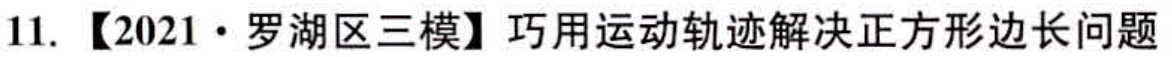
11. 【2021·罗湖区三模】巧用运动轨迹解决正方形边长问题